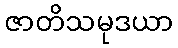
ဇာတိသမုဒယာ